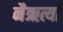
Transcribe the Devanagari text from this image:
नैऋर्त्यां